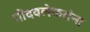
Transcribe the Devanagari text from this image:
गोंदवलेकरांना